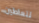
تتعاطين